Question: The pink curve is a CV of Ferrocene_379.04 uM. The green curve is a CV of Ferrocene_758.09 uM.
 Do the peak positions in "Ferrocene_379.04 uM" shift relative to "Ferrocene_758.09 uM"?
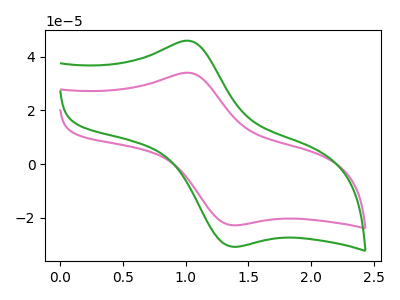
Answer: <think>The pink curve "Ferrocene_379.04 uM" has an anodic peak at (1.05V, 33.95uA) and a cathodic peak at (1.35V, -22.80uA). The green curve "Ferrocene_758.09 uM" has an anodic peak at (1.05V, 45.85uA) and a cathodic peak at (1.35V, -30.80uA).
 All the peaks in "Ferrocene_379.04 uM" have a peak in "Ferrocene_758.09 uM" at the same potential. Every peak in "Ferrocene_379.04 uM" is lower than every peak in "Ferrocene_758.09 uM".</think>
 <answer>No, "Ferrocene_379.04 uM" and "Ferrocene_758.09 uM" don't appear to be significantly different in shape</answer>
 <eval>no_change</eval>